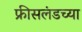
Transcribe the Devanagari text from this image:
फ्रीसलंडच्या